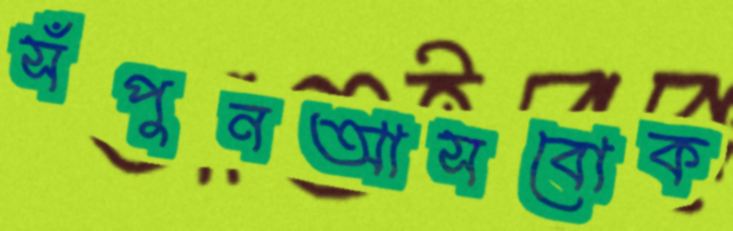
সঁপুনআসবোক